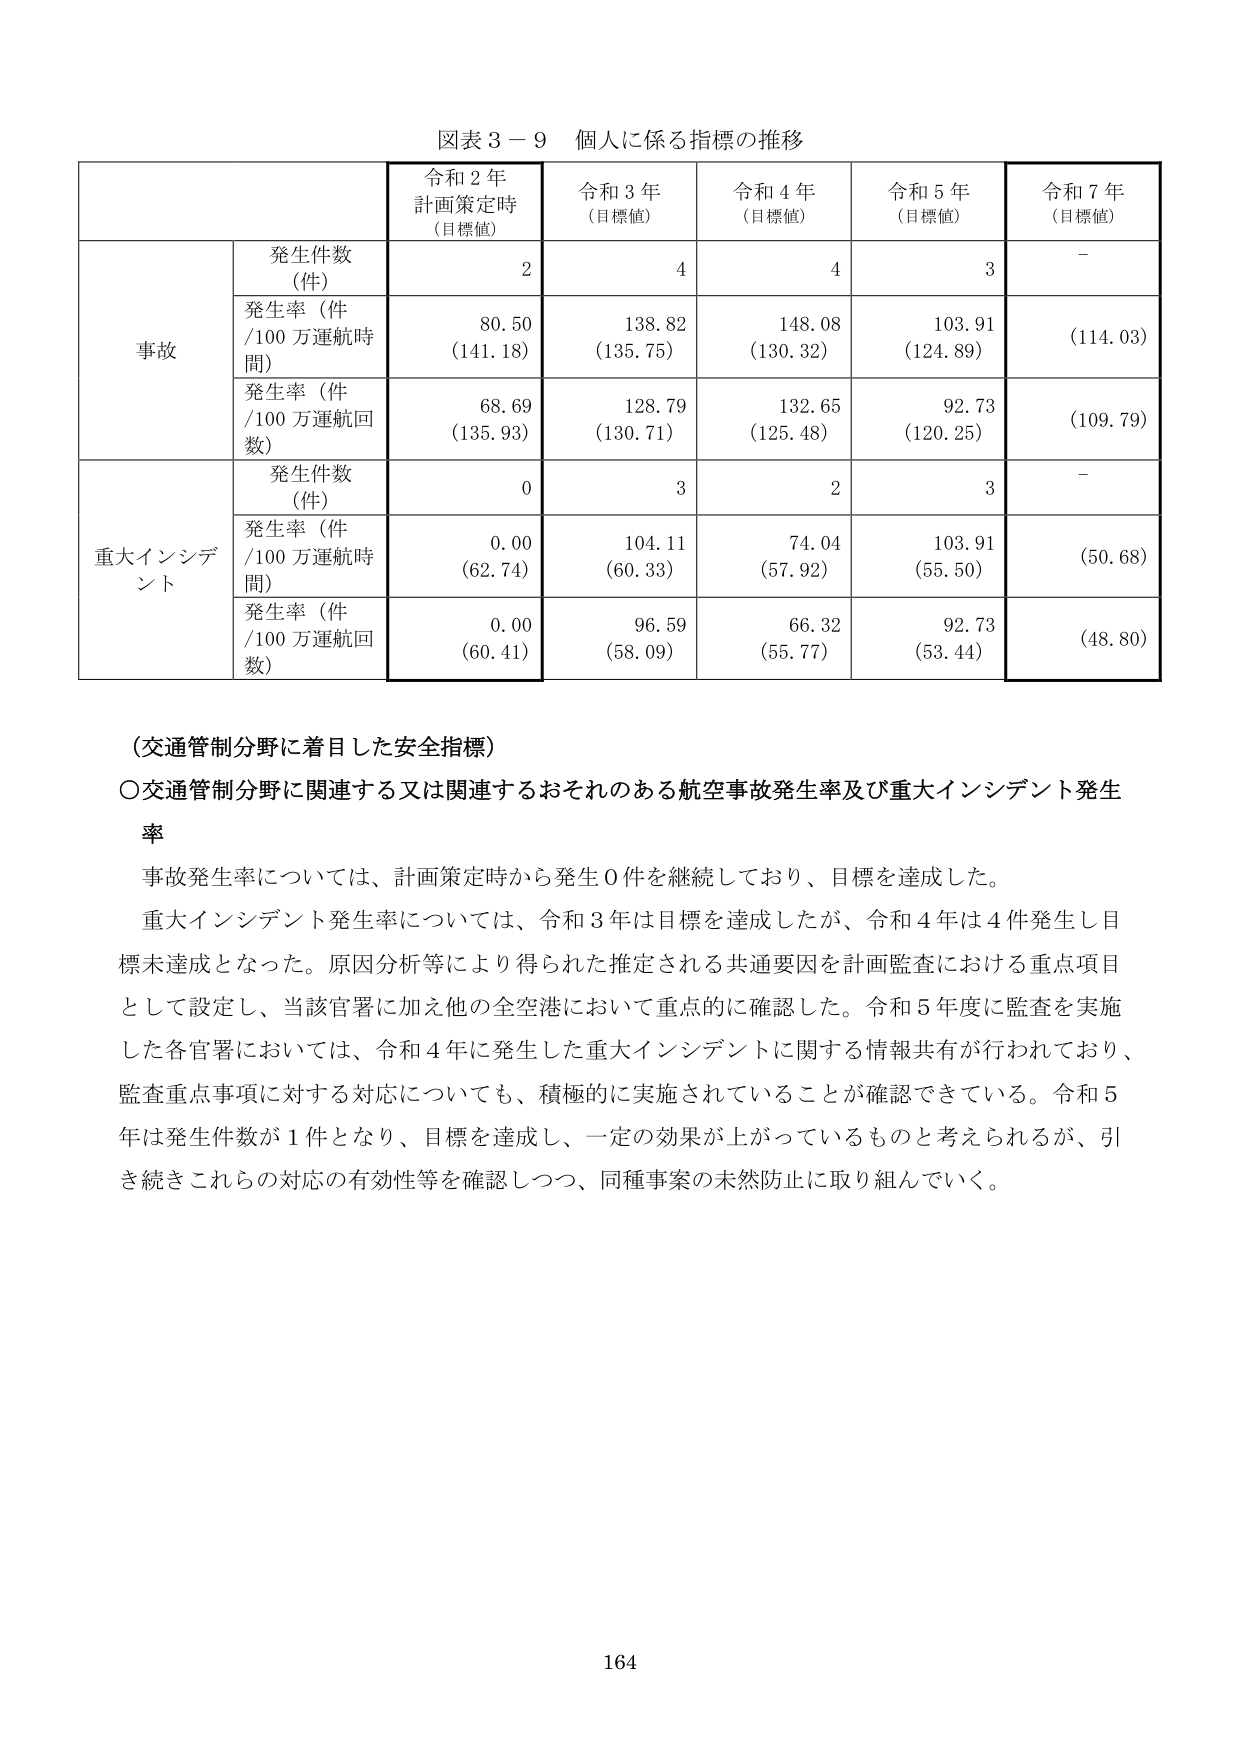
図表３－９ 個人に係る指標の推移

令和２年
計画策定時
（目標値）
令和３年
（目標値）
令和４年
（目標値）
令和５年
（目標値）
令和７年
（目標値）

事故
発生件数（件）
2
4
4
3
－
発生率（件／100万運航時間）
80.50
（141.18）
138.82
（135.75）
148.08
（130.32）
103.91
（124.89）
（114.03）
発生率（件／100万運航回数）
68.69
（135.93）
128.79
（130.71）
132.65
（125.48）
92.73
（120.25）
（109.79）

重大インシデント
発生件数（件）
0
3
2
3
－
発生率（件／100万運航時間）
0.00
（62.74）
104.11
（60.33）
74.04
（57.92）
103.91
（55.50）
（50.68）
発生率（件／100万運航回数）
0.00
（60.41）
96.59
（58.09）
66.32
（55.77）
92.73
（53.44）
（48.80）

（交通管制分野に着目した安全指標）
〇交通管制分野に関連する又は関連するおそれのある航空事故発生率及び重大インシデント発生率

事故発生率については、計画策定時から発生0件を継続しており、目標を達成した。
重大インシデント発生率については、令和３年は目標を達成したが、令和４年は４件発生し目標未達成となった。原因分析等により得られた推定される共通要因を計画監査における重点項目として設定し、当該官署に加え他の全空港において重点的に確認した。令和５年度に監査を実施した各官署においては、令和４年に発生した重大インシデントに関する情報共有が行われており、監査重点事項に対する対応についても、積極的に実施されていることが確認できている。令和５年は発生件数が１件となり、目標を達成し、一定の効果が上がっているものと考えられるが、引き続きこれらの対応の有効性等を確認しつつ、同種事案の未然防止に取り組んでいく。

164